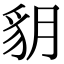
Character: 𧲩